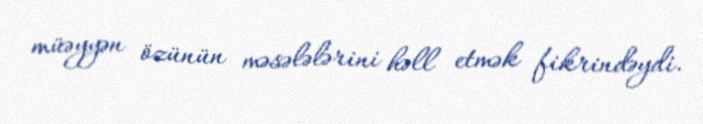
müəyyən özünün məsələlərini həll etmək fikrindəydi.